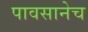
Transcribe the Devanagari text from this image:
पावसानेच